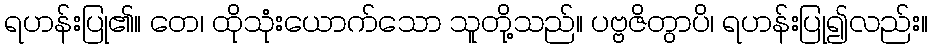
ရဟန်းပြု၏။ တေ၊ ထိုသုံးယောက်သော သူတို့သည်။ ပဗ္ဗဇိတွာပိ၊ ရဟန်းပြု၍လည်း။